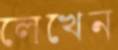
লেখেন